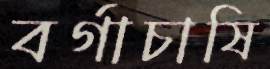
বর্গাচাষি